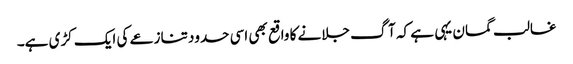
غالب گمان یہی ہے کہ آگ جلانے کا واقع بھی اسی حدود تنازعے کی ایک کڑی ہے۔